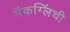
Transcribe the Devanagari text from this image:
मॅकग्लिंची